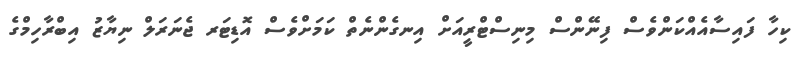
ކިހާ ފައިސާއެއްކަންވެސް ފިނޭންސް މިނިސްޓްރީއަށް އިނގެންނެތް ކަމަށްވެސް އޮޑިޓަރ ޖެނަރަލް ނިޔާޒު އިބްރާހިމްގެ